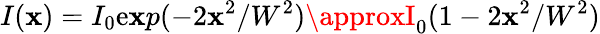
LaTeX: I(\mathbf{x})=I_{0}\mathrm{e}\mathbf{x}p(-2\mathbf{x}^{2}/W^{2})\approxI_{0}(1-2\mathbf{x}^{2}/W^{2})